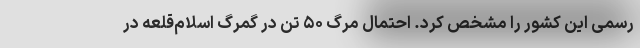
رسمی این کشور را مشخص کرد. احتمال مرگ ۵۰ تن در گمرگ اسلام‌قلعه در